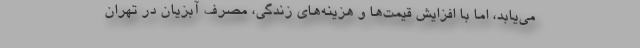
می‌یابد، اما با افزایش قیمت‌ها و هزینه‌های زندگی، مصرف آبزیان در تهران